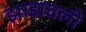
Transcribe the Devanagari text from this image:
झाडातली